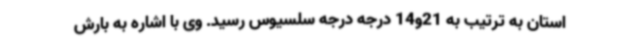
استان به ترتیب به 21و14 درجه درجه سلسیوس رسید. وی با اشاره به بارش